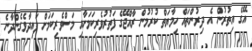
އޭގެ އިތުރުން އެ ދިރުންތައް ހިމާޔަތް ކުރުމުން ރާއްޖޭގެ ފަތުރުވެރިކަމަށާއި މަސްވެރިކަމަށް ފައިދާވެގެންދާނެ